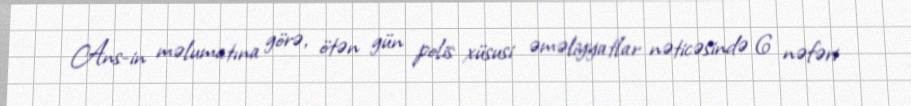
Ans-in məlumatına görə, ötən gün polis xüsusi əməliyyatlar nəticəsində 6 nəfəri